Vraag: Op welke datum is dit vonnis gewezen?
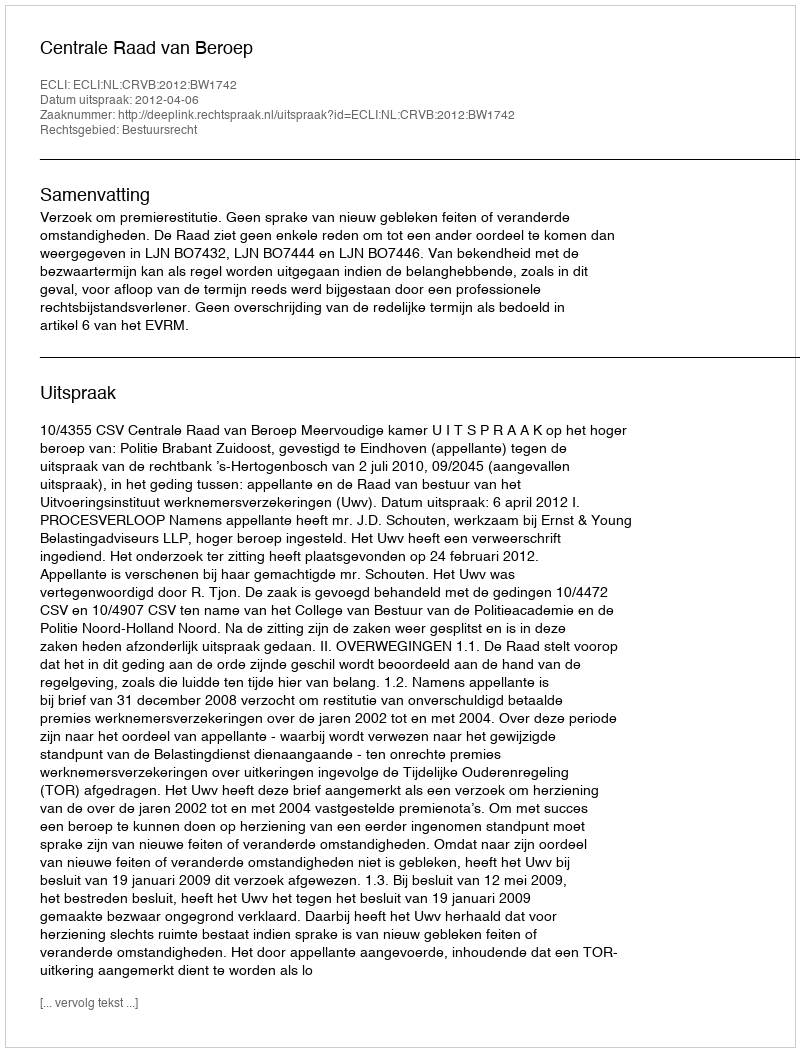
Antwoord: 2012-04-06